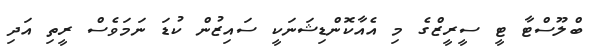
ބްލޫސްޓާ ޓީ ސީރީޒްގެ މި އެއާކޮންޑިޝަނަކީ ސައިޒުން ކުޑަ ނަމަވެސް ރީތި އަދި